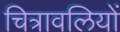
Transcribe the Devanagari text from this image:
चित्रावलियों